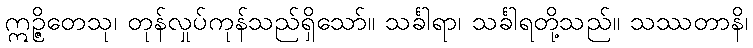
ဣဉ္ဇိတေသု၊ တုန်လှုပ်ကုန်သည်ရှိသော်။ သင်္ခါရာ၊ သင်္ခါရတို့သည်။ သဿတာနိ၊